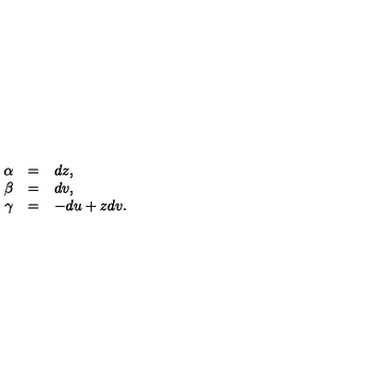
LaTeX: \begin{array} { r c l } { \alpha } & { = } & { d z , } \\ { \beta } & { = } & { d v , } \\ { \gamma } & { = } & { - d u + z d v . } \\ \end{array}